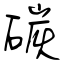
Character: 碳